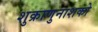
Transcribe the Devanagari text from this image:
शुक्राणुनाशको